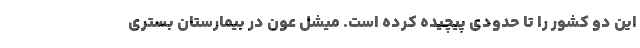
این دو کشور را تا حدودی پیچیده کرده است. میشل عون در بیمارستان بستری